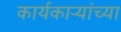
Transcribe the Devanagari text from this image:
कार्यकाऱ्यांच्या